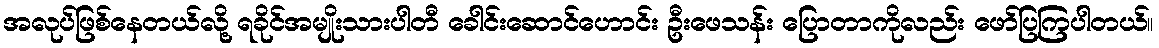
အလုပ်ဖြစ်နေတယ်လို့ ရခိုင်အမျိုးသားပါတီ ခေါင်းဆောင်ဟောင်း ဦးဖေသန်း ပြောတာကိုလည်း ဖော်ပြကြပါတယ်။